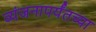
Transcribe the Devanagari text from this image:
व्यंजनापर्यंतच्या